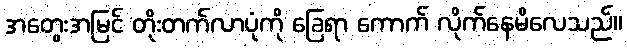
အတွေးအမြင် တိုးတက်လာပုံကို ခြေရာ ကောက် လိုက်နေမိလေသည်။